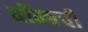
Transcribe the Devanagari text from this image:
बॉम्बची